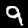
Label: 9